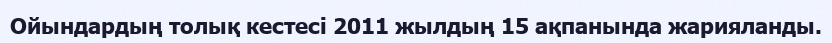
Ойындардың толық кестесі 2011 жылдың 15 ақпанында жарияланды.